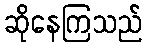
ဆိုနေကြသည်